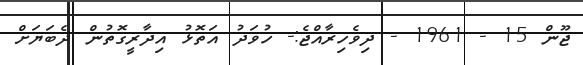
ޖޫން 15 - 1961 - ދިވެހިރާއްޖެ:- ހުވަދު އަތޮޅު އިދާރީގޮތުން ދެބަޔަށް